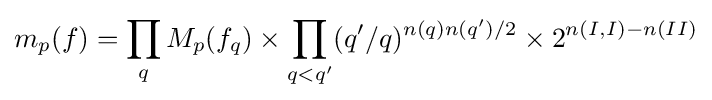
m_{p}(f)=\prod _{q}M_{p}(f_{q})\times \prod _{q<q'}(q'/q)^{n(q)n(q')/2}\times 2^{n(I,I)-n(II)}